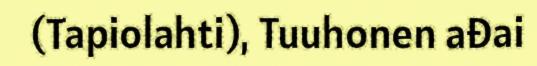
(Tapiolahti), Tuuhonen ađai